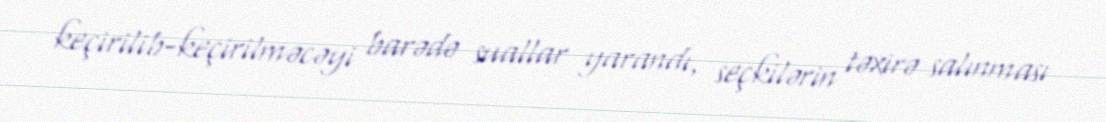
keçirilib-keçirilməcəyi barədə suallar yarandı, seçkilərin təxirə salınması